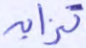
تزايد